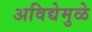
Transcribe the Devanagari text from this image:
अविद्येमुळे